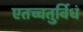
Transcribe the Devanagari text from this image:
एतच्चतुर्विधं